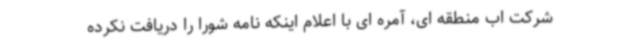
شرکت اب منطقه ای، آمره ای با اعلام اینکه نامه شورا را دریافت نکرده